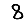
Digit: 8